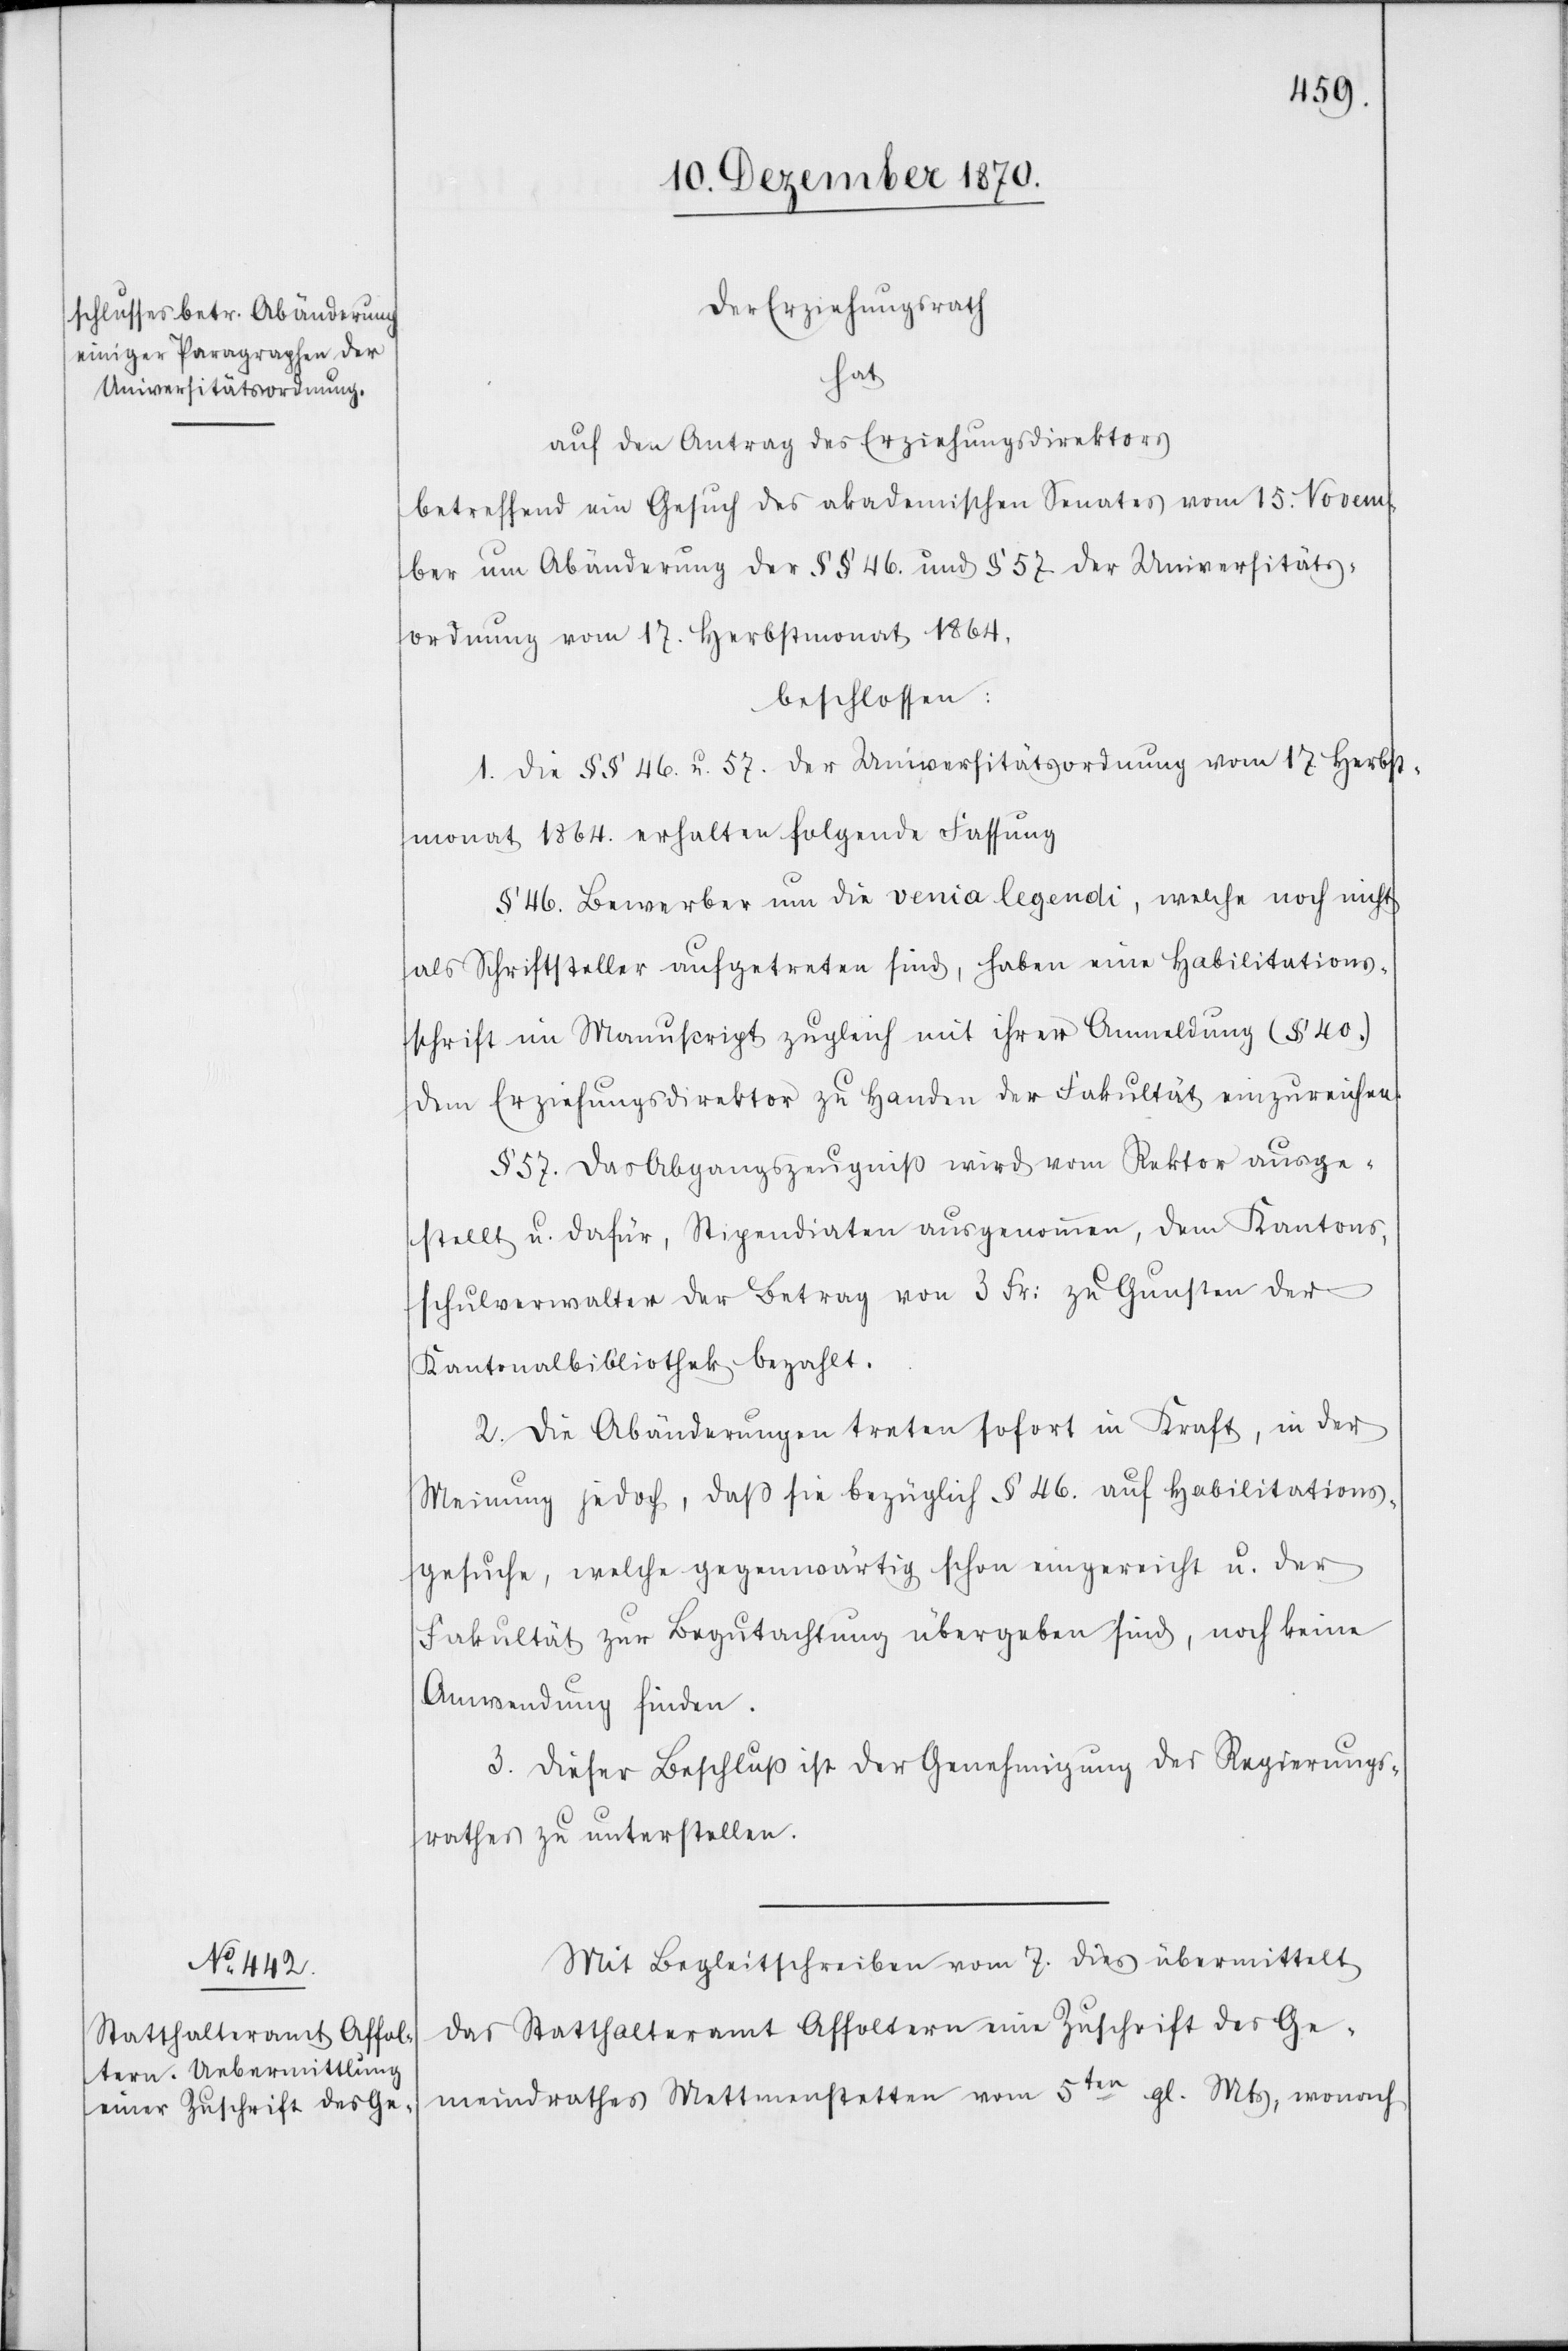
Der Erziehungsrath
hat
auf den Antrag des Erziehungsdirektors
betreffend ein Gesuch des akademischen Senates vom 15. Novem¬
ber um Abänderung der §§ 46 und § 57 der Universitäts¬
ordnung vom 17. Herbstmonat 1864.
beschlossen:
1. Die §§ 46 u. 57. der Universitätsordnung vom 17. Herbst¬
monat 1864 erhalten folgende Fassung
§ 46. Bewerber um die venia legendi, welche noch nicht
als Schriftsteller aufgetreten sind, haben eine Habilitations¬
schrift im Manuscript zugleich mit ihrer Anmeldung (§ 40.)
dem Erziehungsdirektor zu Handen der Fakultät einzureichen.
§ 57. Das Abgangszeugniß wird vom Rektor ausge¬
stellt u. dafür, Stipendiaten ausgenommen, dem Kantons¬
schulverwalter der Betrag von 3 Fr: zu Gunsten der
Kantonalbibliothek bezahlt.
2. Die Abänderungen treten sofort in Kraft, in der
Meinung jedoch, daß sie bezüglich § 46. auf Habilitations¬
gesuche, welche gegenwärtig schon eingereicht u. der
Fakultät zur Begutachtung übergeben sind, noch keine
Anwendung finden.
3. Dieser Beschluß ist der Genehmigung des Regierungs¬
rathes zu unterstellen.
Mit Begleitschreiben vom 7. dies übermittelt
das Statthalteramt Affoltern eine Zuschrift des Ge¬
meindrathes Mettmenstetten vom 5ten gl. Mts, wonach